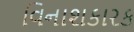
વિનાશકારક